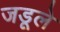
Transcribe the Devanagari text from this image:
जडूले